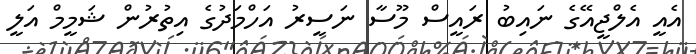
އެއީ އެލްޖީއޭގެ ނައިބު ރައީސް މޫސާ ނަސީރު އަހްމަދުގެ އިތުރުން ޝަމީމް އަލީ